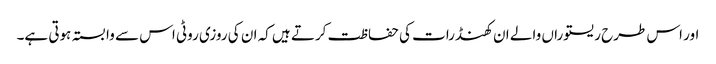
اور اس طرح ریستوراں والے ان کھنڈرات کی حفاظت کرتے ہیں کہ ان کی روزی روٹی اس سے وابستہ ہوتی ہے۔